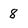
Character: 8